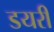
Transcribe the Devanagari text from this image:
डयरी